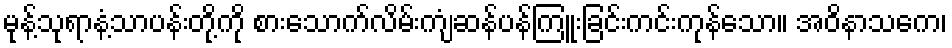
မုန့်သုရာနံ့သာပန်းတို့ကို စားသောက်လိမ်းကျံဆန်ပန်ကြူးခြင်းကင်းကုန်သော။ အဝိနာသကေ၊